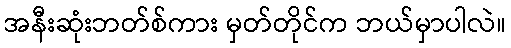
အနီးဆုံးဘတ်စ်ကား မှတ်တိုင်က ဘယ်မှာပါလဲ။